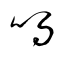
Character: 鳴